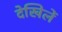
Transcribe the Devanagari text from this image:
देखिलें